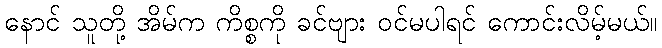
နောင် သူတို့ အိမ်က ကိစ္စကို ခင်ဗျား ဝင်မပါရင် ကောင်းလိမ့်မယ်။